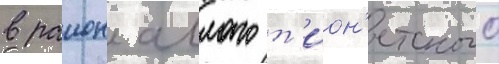
в раион аллаго т'ион'етского